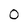
Character: 0